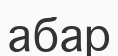
абар